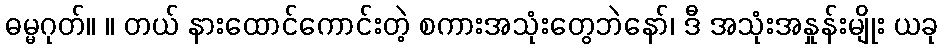
ဓမ္မဂုတ်။ ။ တယ် နားထောင်ကောင်းတဲ့ စကားအသုံးတွေဘဲနော်၊ ဒီ အသုံးအနှုန်းမျိုး ယခု